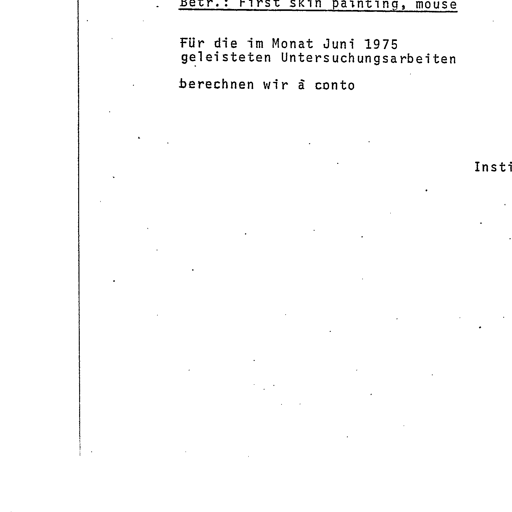
Transcript:
Betr.: First skin painting, mouse

Für die im Monat Juni 1975
geleisteten Untersuchungsarbeiten

berechnen wir à conto

Insti